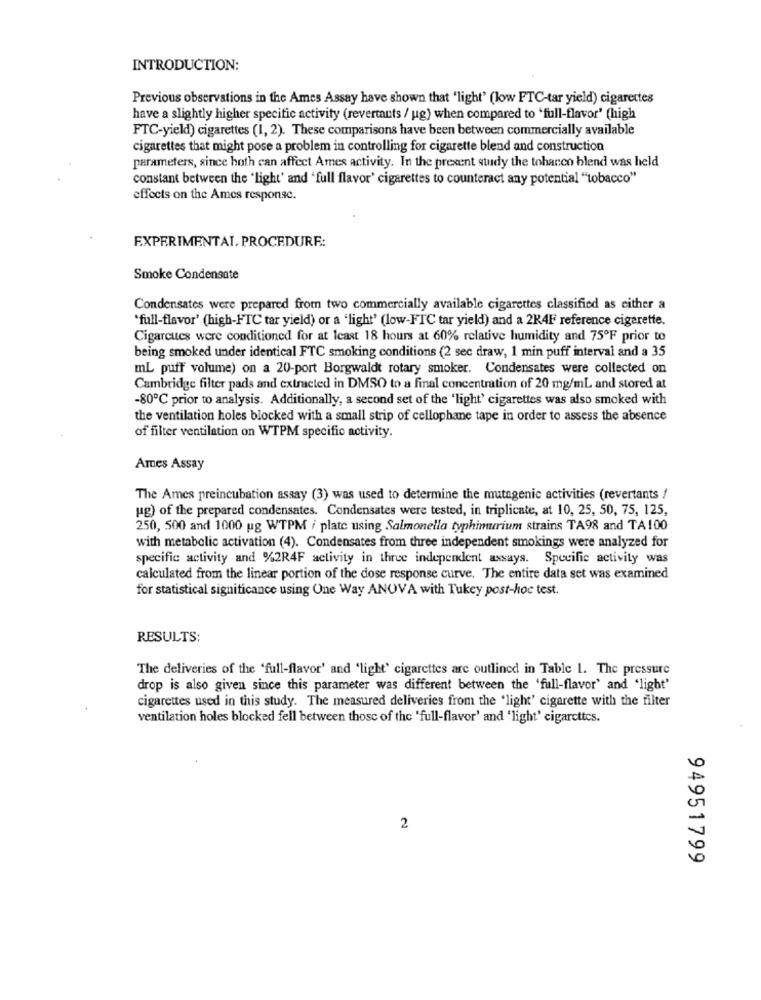
INTRODUCTION:
Previous observations in the Ames Assay have shown that "light' (low FTC-tar yield) cigarettes
have a slightly higher specific activity (revertants / ug) when compared to 'full-flavor' (high
FTC-yield) cigarettes (1, 2). These comparisons have been between commercially available
cigarettes that might pose a problem in controlling for cigarette blend and construction
parameters, since hoth can affect Ames activity. In the present study the tobacco blend was held
constant between the 'light' and 'full flavor' cigarettes to counteract any potential "tobacco"
effects on the Ames response.
EXPERIMENTAL. PROCEDURE:
Smoke Condensate
Condensates were prepared from two commercially available cigarettes classified as either a
'full-flavor' (high-FTC tar yield) or a 'light' (low-FTC tar yield) and a 2K4F reference cigarette.
Cigarcues were conditioned for at least 18 hours at 60% relative humidity and 75ºF prior to
being smoked under identical FTC smoking conditions (2 sec draw, 1 min puff interval and a 35
mL puff volume) on a 20-port Borgwaldt rotary smoker. Condensates were collected on
Cambridge filter pads and extracted in DMSO to a final concentration of 20 mg/ml and stored at
-80℃ prior to analysis. Additionally, a second set of the 'light' cigarettes was also smoked with
the ventilation holes blocked with a small strip of cellophane tape in order to assess the absence
of filter ventilation on WTPM specific activity.
Ames Assay
The Ames preincubation assay (3) was used to determine the mutagenic activities (revertants /
ug) of the prepared condensates. Condensates were tested, in triplicate, at 10, 25, 50, 75, 125,
250, 500 and 1000 ug WTPM / plate using Salmonella typhimurium strains TA98 and TA100
with metabolic activation (4). Condensates from three independent smokings were analyzed for
specific activity and %2R4F activity in three independent axsays. Specifie activity was
calculated from the linear portion of the dose response curve. The entire data set was examined
for statistical significance using One Way ANOVA with Tukey post-hoc test.
RESULTS:
The deliveries of the 'full-flavor' and 'light' cigarettes are outlined in Table 1. The pressure
drop is also given since this parameter was different between the 'full-flavor' and 'light'
cigarettes used in this study. The measured deliveries from the 'light' cigarette with the filter
ventilation holes blocked fell between those of the 'full-flavor' and 'light' cigarettes.
2
94951799